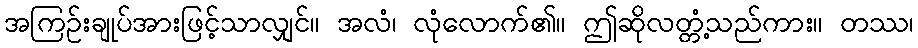
အကြဉ်းချုပ်အားဖြင့်သာလျှင်။ အလံ၊ လုံလောက်၏။ ဤဆိုလတ္တံ့သည်ကား။ တဿ၊